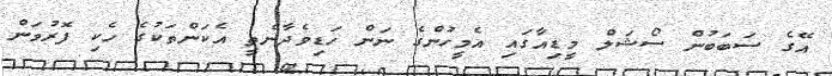
އޭގެ ސަބަބުން ސޯޝަލް މީޑިއާގައި އެމީހުންގެ ނަން ހަޑިވެދާނެތީ އެކަންތަކުގެ ހެކި ފޮރުވަން